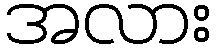
အလား